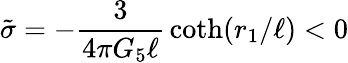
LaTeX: \tilde{\sigma}=-{\frac{3}{4\pi G_{5}\ell}}\coth(r_{1}/\ell)<0